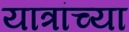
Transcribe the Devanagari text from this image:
यात्रांच्या